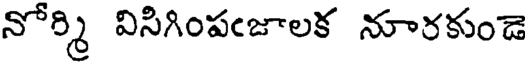
నోర్మి విసిగింపఁజాలక నూరకుండె